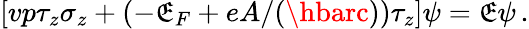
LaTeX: [vp\tau_{z}\sigma_{z}+(-\mathfrak{E}_{F}+eA/(\hbarc))\tau_{z}]\psi=\mathfrak{E}\psi\, .